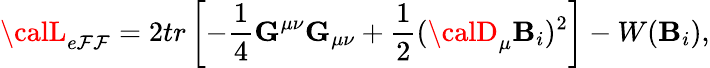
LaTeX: {\calL}_{e\mathcal{F}\mathcal{F}}=2tr\left[-{\frac{{1}}{{4}}}{\mathbf{G}}^{\mu\nu}{\mathbf{G}}_{\mu\nu}+{\frac{{1}}{{2}}}({\cal{\calD}}_{\mu}{\mathbf{B}}_{i})^{2}\right]-W({\mathbf{B}}_{i}),